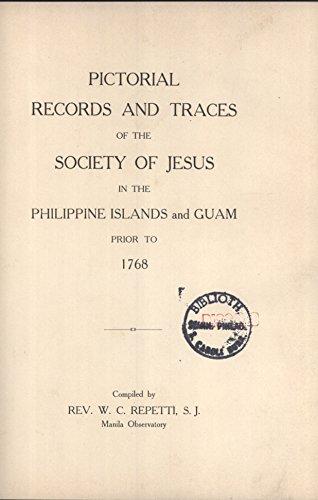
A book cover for Pictorial Records and Traces of the Society of Jesus in the Philippine Islands and Guam Prior to 1768; W. C. Repetti; Travel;